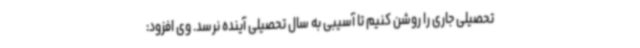
تحصیلی جاری را روشن کنیم تا آسیبی به سال تحصیلی آینده نرسد. وی افزود: